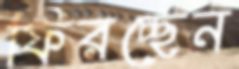
ফিরচ্ছেন